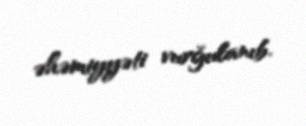
əhəmiyyəti vurğulanıb.